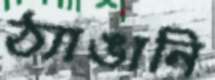
ঠ্যাঙানি